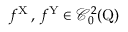
f ^ { \mathrm { X } } \, , \, f ^ { \mathrm { Y } } \in \mathcal { C } _ { 0 } ^ { 2 } ( \mathrm { Q } )